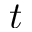
t